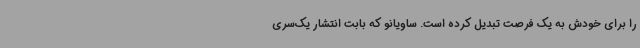
را برای خودش به یک فرصت تبدیل کرده است. ساویانو که بابت انتشار یک‌سری